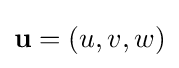
\mathbf {u} =(u,v,w)